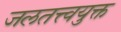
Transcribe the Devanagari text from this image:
जलतत्त्वयुक्त